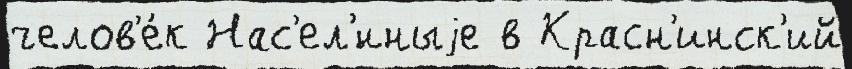
челов'е́к Нас'ел'́нныjе в Красн'инск'ий